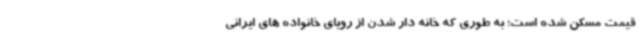
قیمت مسکن شده است؛ به طوری که خانه دار شدن از رویای خانواده های ایرانی